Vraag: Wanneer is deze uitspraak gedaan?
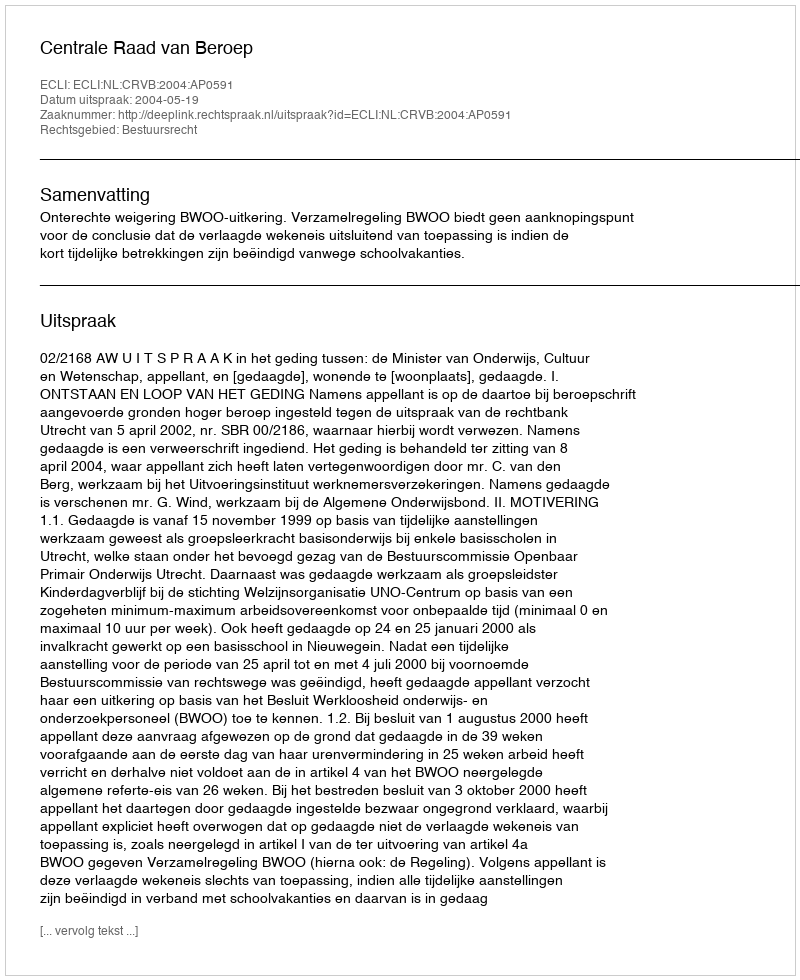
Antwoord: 2004-05-19